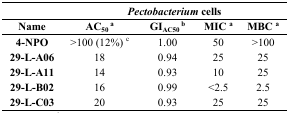
<table><thead><tr><td></td><td colspan="4"><b><i>Pectobacterium</i> cells</b></td></tr><tr><td><b>Name</b></td><td><b>AC<sub>50</sub>a</b></td><td><b>GIAC<sub>50</sub>b</b></td><td><b>MICa</b></td><td><b>MBCa</b></td></tr></thead><tbody><tr><td><b>4-NPO</b></td><td>&gt;100 (12%) c</td><td>1.00</td><td>50</td><td>&gt;100</td></tr><tr><td><b>29-L-A06</b></td><td>18</td><td>0.94</td><td>25</td><td>25</td></tr><tr><td><b>29-L-A11</b></td><td>14</td><td>0.93</td><td>10</td><td>25</td></tr><tr><td><b>29-L-B02</b></td><td>16</td><td>0.99</td><td>&lt;2.5</td><td>2.5</td></tr><tr><td><b>29-L-C03</b></td><td>20</td><td>0.93</td><td>25</td><td>25</td></tr></tbody></table>